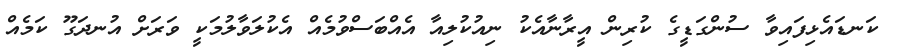
ކަނޑައެޅިފައިވާ ސުންގަޑީގެ ކުރިން އީރާނާއެކު ނިއުކުލިއާ އެއްބަސްވުމެއް އެކުލަވާލުމަކީ ވަރަށް އުނދަގޫ ކަމެއް